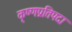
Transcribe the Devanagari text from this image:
कृष्णप्रतिपदा